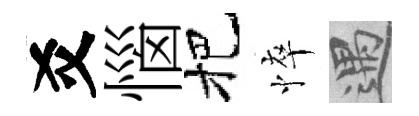
爻惱把悴遇